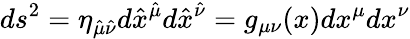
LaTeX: ds^{2}=\eta_{\hat{\mu}\hat{\nu}}d\hat{x}^{\hat{\mu}}d\hat{x}^{\hat{\nu}}=g_{\mu\nu}(x)dx^{\mu}dx^{\nu}